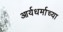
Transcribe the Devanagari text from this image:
आर्यधर्माच्या